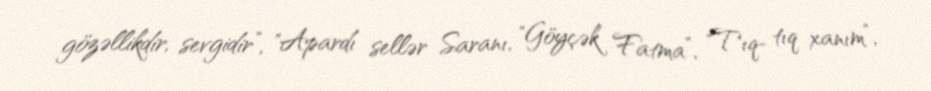
gözəllikdir, sevgidir”, "Apardı sellər Saranı, "Göyçək Fatma”, "Tıq- tıq xanım”,